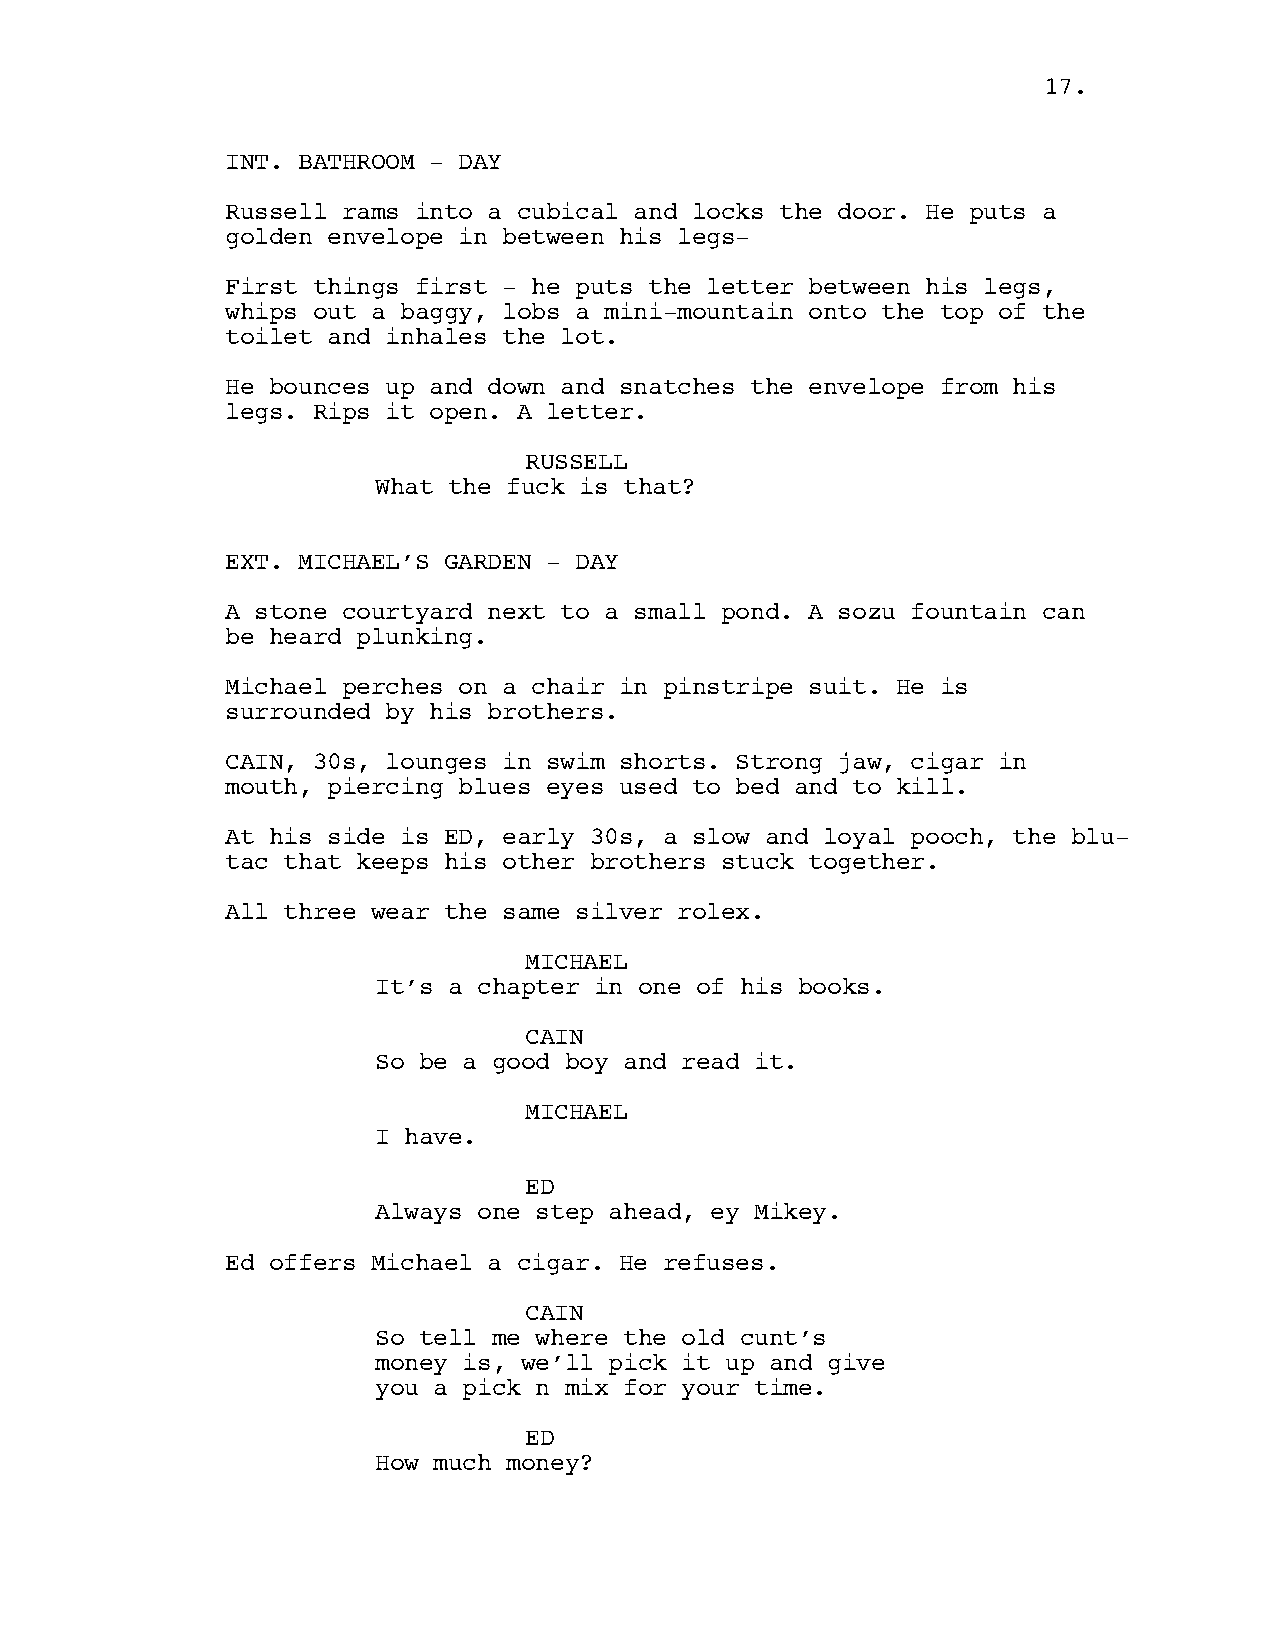
17.
 INT. BATHROOM - DAY
 Russell rams into a cubical and locks the door. He puts a
 golden envelope in between his legs-
 First things first - he puts the letter between his legs,
 whips out a baggy, lobs a mini-mountain onto the top of the
 toilet and inhales the lot.
 He bounces up and down and snatches the envelope from his
 legs. Rips it open. A letter.
 RUSSELL
 What the fuck is that?
 EXT. MICHAEL’S GARDEN - DAY
 A stone courtyard next to a small pond. A sozu fountain can
 be heard plunking.
 Michael perches on a chair in pinstripe suit. He is
 surrounded by his brothers.
 CAIN, 30s, lounges in swim shorts. Strong jaw, cigar in
 mouth, piercing blues eyes used to bed and to kill.
 At his side is ED, early 30s, a slow and loyal pooch, the blu-
 tac that keeps his other brothers stuck together.
 All three wear the same silver rolex.
 MICHAEL
 It’s a chapter in one of his books.
 CAIN
 So be a good boy and read it.
 MICHAEL
 I have.
 ED
 Always one step ahead, ey Mikey.
 Ed offers Michael a cigar. He refuses.
 CAIN
 So tell me where the old cunt’s
 money is, we’ll pick it up and give
 you a pick n mix for your time.
 ED
 How much money?